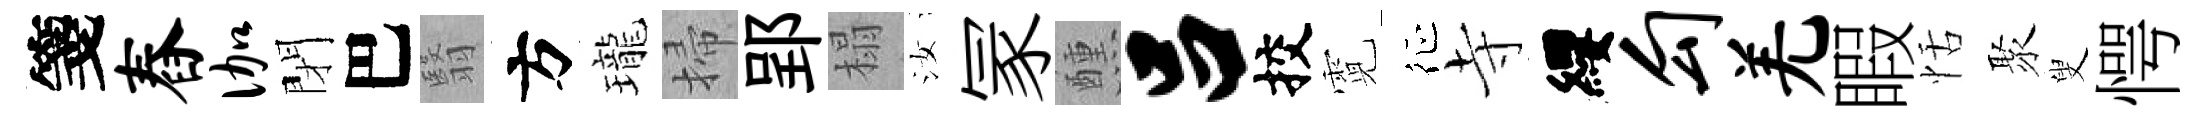
箋舂伽閉巴翳方瓏掃郢榻汝冡醺吕挍霓征寺纓勾羌睱恬聚叟愕